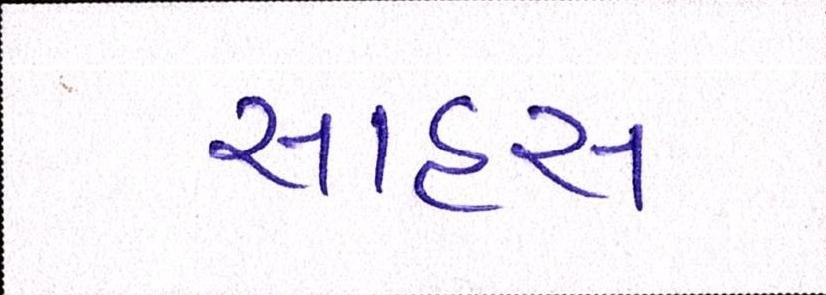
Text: સાહસ